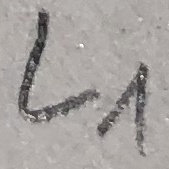
Text: L1